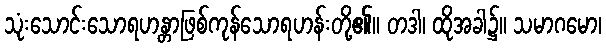
သုံးသောင်းသောရဟန္တာဖြစ်ကုန်သောရဟန်းတို့၏။ တဒါ၊ ထိုအခါ၌။ သမာဂမော၊